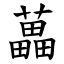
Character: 藟